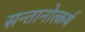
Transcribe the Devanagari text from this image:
सन्तानोत्कर्ष